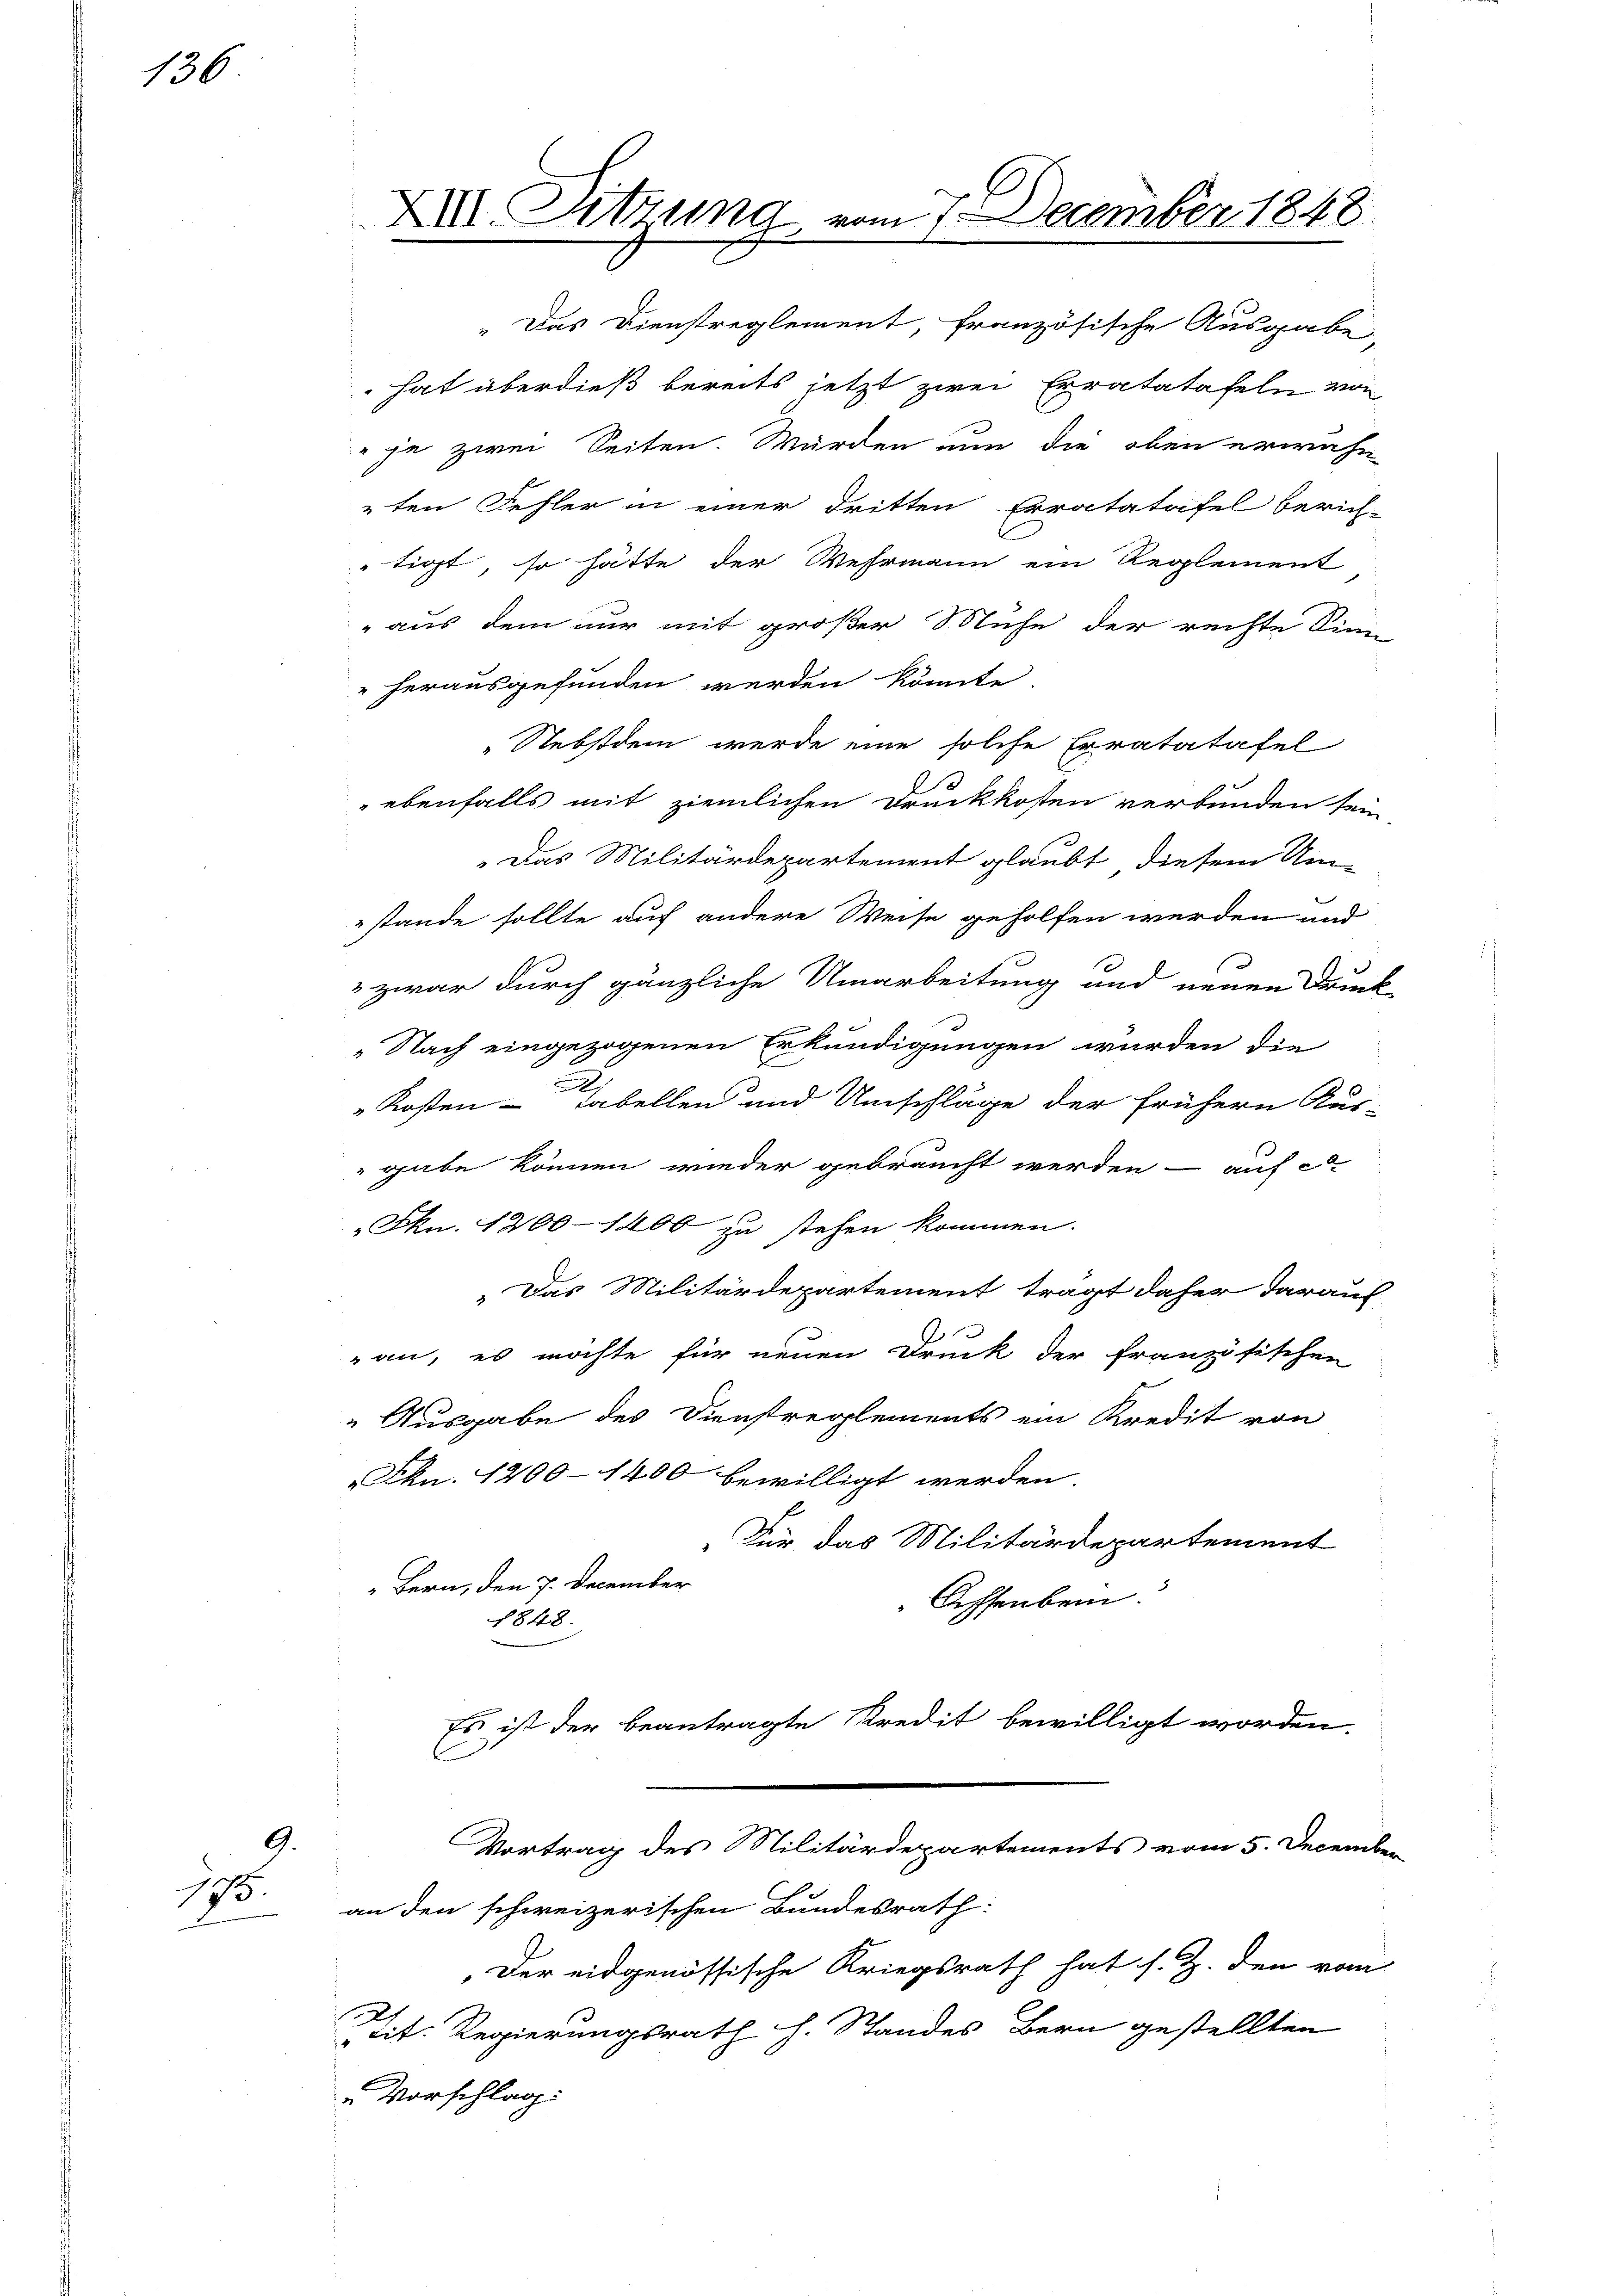
136

9.
175.

tigt, so hätte der Wehrmann ein Reglement
aus dem nur mit großer Mühe der rechte Sinn
" herausgefunden werden könnte.
Nebstdem werde eine solche Erratatafel
ebenfalls mit ziemlichen Druckkosten verbunden sein
Das Militärdepartement glaubt, diesem Um-
stande sollte auf andere Weise geholfen werden und
 zwar durch gänzliche Umarbeitung und neuen Druck
Nach eingezogenen Erkundigungen wurden die
.
Kosten Fabellen und Umschläge der frühern Aus-
gabe können wieder gebraucht werden - auf c
Fkn. 1200 - 1400 zu stehen kommen.
„Das Militärdepartement tragt daher daraus
2
an, es möchte für neuen Druck der französischen
" Ausgabe des Dienstreglements ein Kredit von
Fkn. 1200 - 1400 bewilligt werden.
„Für das Militärdepartement
Bern, den 7. December
Oeffenbein
1848.
Es ist der beantragte Kredit bewilligt worden.

XXII. Sitzung vom 7. December 1848.

" Das Dienstreglement, französische Ausgabe,
hat überdieß bereits jetzt zwei Erratatafeln von
 je zwei Seiten. Würden nun die oben erwähn
ten Fehler in einer dritten Erratatafel berich-

Der eidgenössische Kriegsrath hat s. Z. den vom
Ah
cit. Regierungsrath h. Standes Bern gestellten
 Vorschlag:

Vortrag des Militärdepartements vom 5. December
an den schweizerischen Bundesrath: